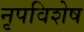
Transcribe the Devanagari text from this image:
नृपविशेष